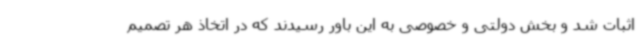
اثبات شد و بخش دولتی و خصوصی به این باور رسیدند که در اتخاذ هر تصمیم